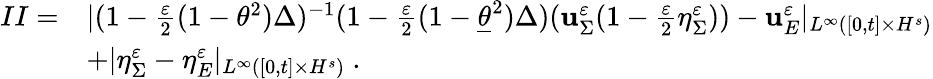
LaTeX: \begin{array}{rl}{II=}&{|(1-\frac{\varepsilon}{2}(1-\theta^{2})\Delta)^{-1}(1-\frac{\varepsilon}{2}(1-\underline{{\theta}}^{2})\Delta)(\mathbf{u}_{\Sigma}^{\varepsilon}(1-\frac{\varepsilon}{2}\eta_{\Sigma}^{\varepsilon}))-\mathbf{u}_{E}^{\varepsilon}|_{L^{\infty}([0,t]\times H^{s})}}\\ &{+|\eta_{\Sigma}^{\varepsilon}-\eta_{E}^{\varepsilon}|_{L^{\infty}([0,t]\times H^{s})}\ .}\end{array}